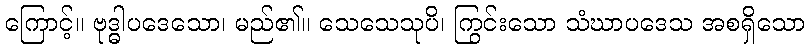
ကြောင့်။ ဗုဒ္ဓါပဒေသော၊ မည်၏။ သေသေသုပိ၊ ကြွင်းသော သံဃာပဒေသ အစရှိသော